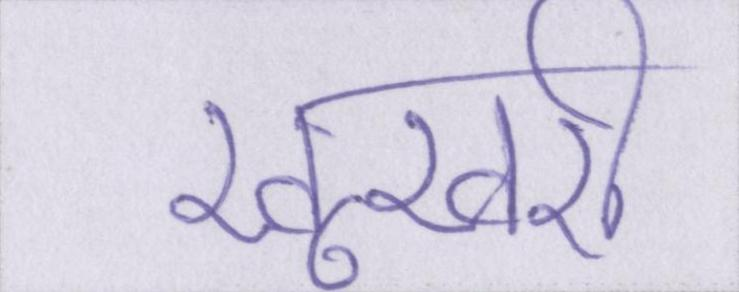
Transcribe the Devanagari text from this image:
खूखरी